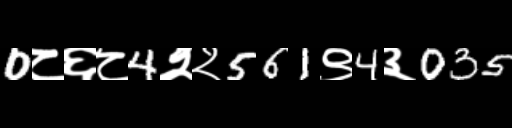
Text: 0८६८4२२561९4३035